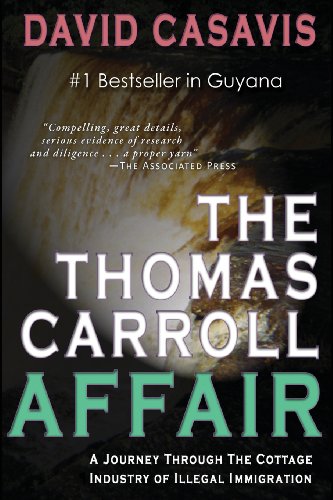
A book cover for The Thomas Carroll Affair: A Journey Through the Cottage Industry of Illlegal Immigration; David B. Casavis; Biographies & Memoirs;